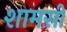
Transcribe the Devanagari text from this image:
शामसी